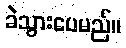
ခဲသွားပေမည်။